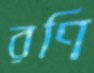
রণি